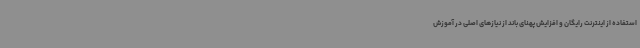
استفاده از اینترنت رایگان و افزایش پهنای باند از نیازهای اصلی در آموزش